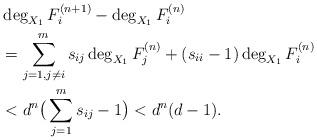
LaTeX: \begin{align*}& \deg_{X_1} F_i^{(n+1)} - \deg_{X_1} F_i^{(n)} \\& = \sum_{j=1, j\ne i}^m s_{ij}\deg_{X_1} F_j^{(n)} + (s_{ii}-1) \deg_{X_1} F_i^{(n)}\\& < d^n \big(\sum_{j=1}^{m} s_{ij} -1 \big) < d^n (d-1).\end{align*}